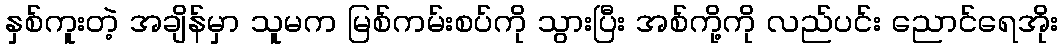
နှစ်ကူးတဲ့ အချိန်မှာ သူမက မြစ်ကမ်းစပ်ကို သွားပြီး အစ်ကို့ကို လည်ပင်း ညောင်ရေအိုး